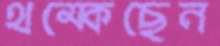
থম্‌কেছেন